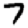
Digit: 7